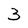
Character: 3